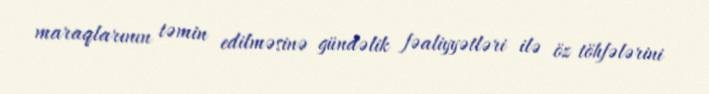
maraqlarının təmin edilməsinə gündəlik fəaliyyətləri ilə öz töhfələrini